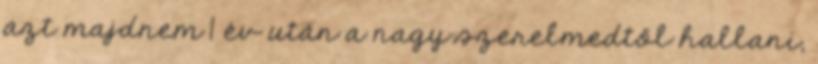
azt majdnem 1 év után a nagy szerelmedtől hallani,